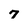
Character: 7